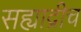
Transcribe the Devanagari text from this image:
सह्याद्रीच